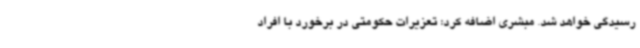
رسیدگی خواهد شد. مبشری اضافه کرد: تعزیرات حکومتی در برخورد با افراد